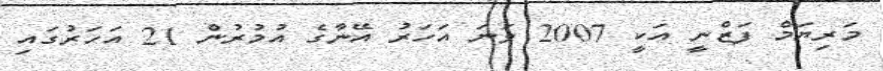
މަރިޔަމް ފަޒްނީ އަކީ 2007 ވަނަ އަހަރު އޭނާގެ އުމުރުން 21 އަހަރުގައި